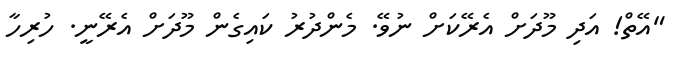
"އޭތް! އަދި މޫދަށް އެރޭކަށް ނުވޭ. މެންދުރު ކައިގެން މޫދަށް އެރޭނީ. ހުރިހާ